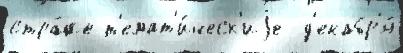
стра́же т'емат'и́ческ'иjе  д'екабр'я́